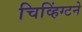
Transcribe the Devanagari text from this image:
चिव्हिंग्टने